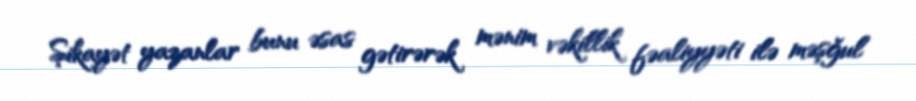
Şikayət yazanlar bunu əsas gətirərək mənim vəkillik fəaliyyəti ilə məşğul